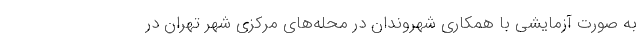
به صورت آزمایشی با همکاری شهروندان در محله‌های مرکزی شهر تهران در